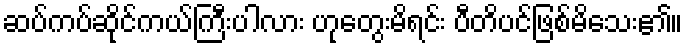
ဆပ်ကပ်ဆိုင်ကယ်ကြီးပါလား ဟုတွေးမိရင်း ပီတိပင်ဖြစ်မိသေး၏။